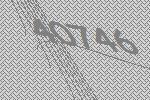
40746